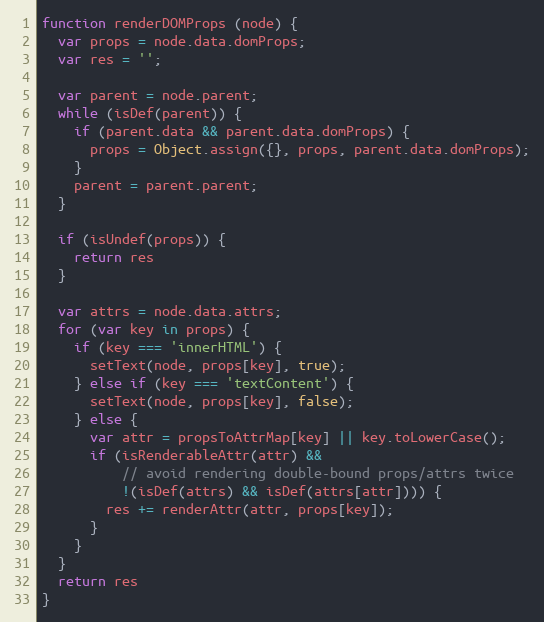
Language: JavaScript
function renderDOMProps (node) {
  var props = node.data.domProps;
  var res = '';

  var parent = node.parent;
  while (isDef(parent)) {
    if (parent.data && parent.data.domProps) {
      props = Object.assign({}, props, parent.data.domProps);
    }
    parent = parent.parent;
  }

  if (isUndef(props)) {
    return res
  }

  var attrs = node.data.attrs;
  for (var key in props) {
    if (key === 'innerHTML') {
      setText(node, props[key], true);
    } else if (key === 'textContent') {
      setText(node, props[key], false);
    } else {
      var attr = propsToAttrMap[key] || key.toLowerCase();
      if (isRenderableAttr(attr) &&
          // avoid rendering double-bound props/attrs twice
          !(isDef(attrs) && isDef(attrs[attr]))) {
        res += renderAttr(attr, props[key]);
      }
    }
  }
  return res
}